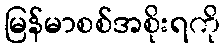
မြန်မာစစ်အစိုးရကို